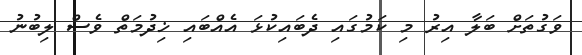
ވަގުތަށް ބަލާ އިރު މި ކަމުގައި ދެބައިކުޅަ އެއްބައި ޚިދުމަތް ވެސް ލިބުނު